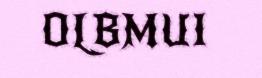
OLBMUI